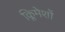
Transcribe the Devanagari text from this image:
क्लिमेशों